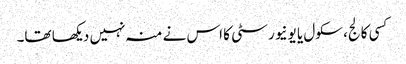
کسی کالج، سکول یا یونیورسٹی کا اس نے منہ نہیں دیکھا تھا۔